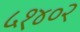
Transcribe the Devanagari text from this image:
५१४०२